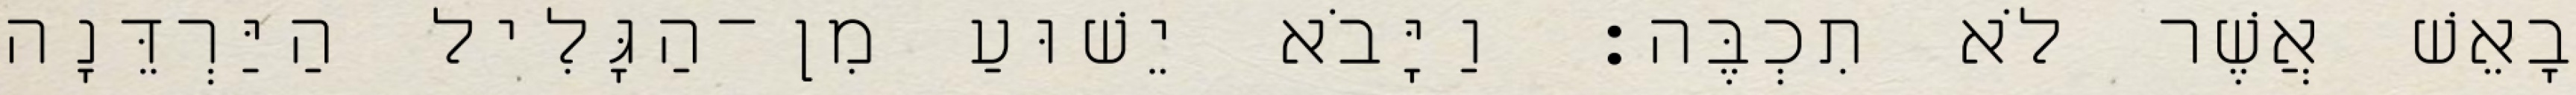
בָאֵשׁ אֲשֶׁר לֹא תִכְבֶּה׃ וַיָּבֹא יֵשׁוּעַ מִן־הַגָּלִיל הַיַּרְדֵּנָה